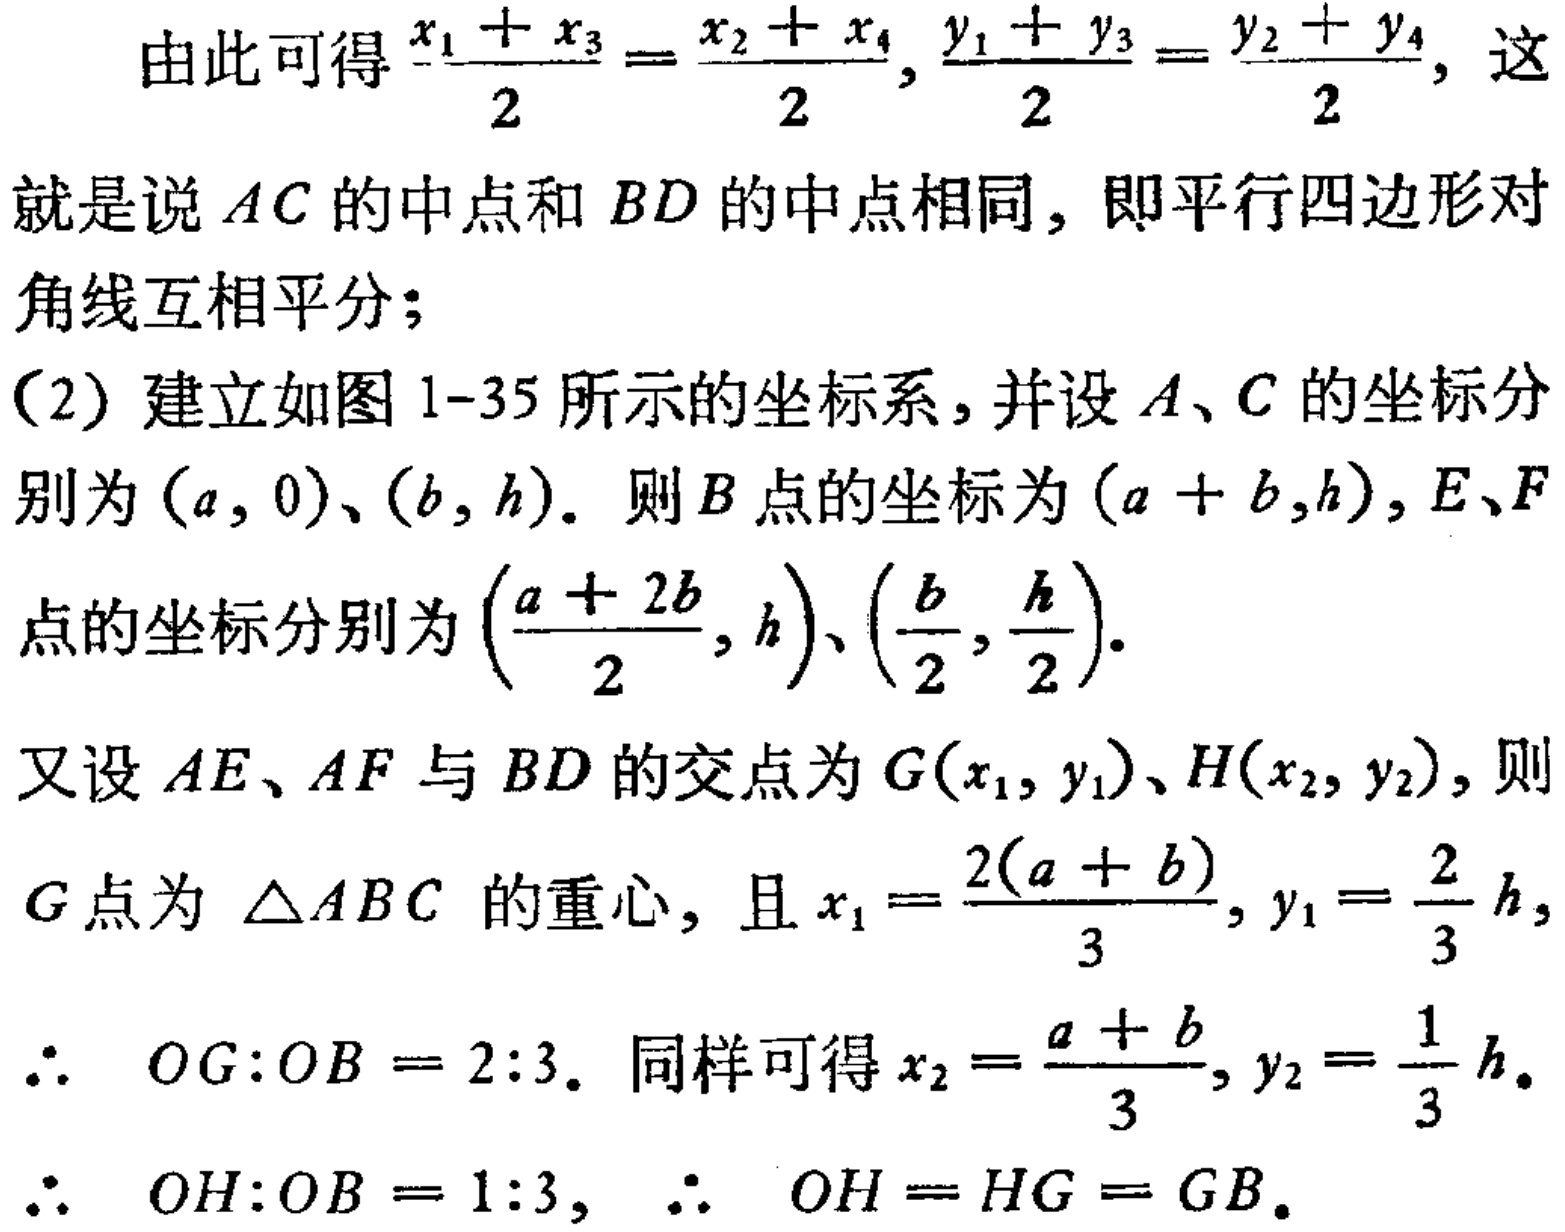
由此可得$\frac{x_{1} + x_{3}}{2} = \frac{x_{2} + x_{4}}{2}, \frac{y_{1} + y_{3}}{2} = \frac{y_{2} + y_{4}}{2}$, 这就是说$AC$的中点和$BD$的中点相同, 即平行四边形对角线互相平分；
（2）建立如图1-35所示的坐标系, 并设$A$、$C$的坐标分别为$(a, 0)$、$(b, h)$. 则$B$点的坐标为$(a + b,h)$,$E$、$F$点的坐标分别为$(\frac{a + 2b}{2}, h)$、$(\frac{b}{2}, \frac{h}{2})$.
又设$AE$、$AF$与$BD$的交点为$G(x_{1}, y_{1})$、$H(x_{2}, y_{2})$, 则$G$点为$\triangle ABC$的重心, 且$x_{1} = \frac{2(a + b)}{3}, y_{1} = \frac{2}{3}h$,
$\therefore\  OG:OB = 2:3$. 同样可得$x_{2} = \frac{a + b}{3}, y_{2} = \frac{1}{3}h$.
$\therefore\  OH:OB = 1:3$, $\therefore\  OH = HG = GB$.